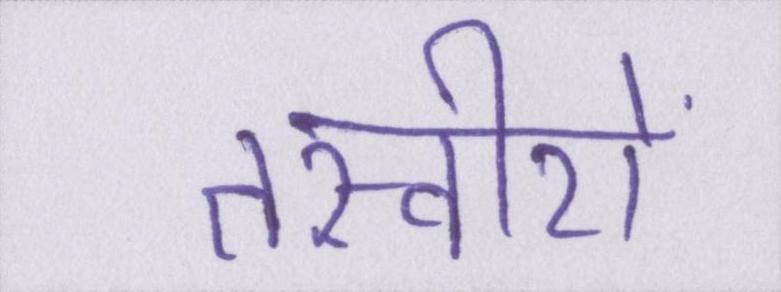
तस्वीरों